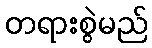
တရားစွဲမည်